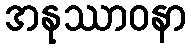
အနုဿာဝနာ